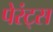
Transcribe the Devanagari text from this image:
पेरंट्स